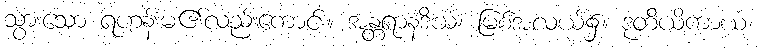
သွားသော ရဟန်းမ၏လည်းကောင်း။ အန္တရာနဒိယံ၊ မြစ်အလယ်၌။ ဒုတိယိကာယ၊